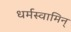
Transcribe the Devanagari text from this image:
धर्मस्वामिन्